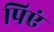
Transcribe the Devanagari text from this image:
पिएं